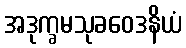
အဒုက္ခမသုခဝေဒနိယံ